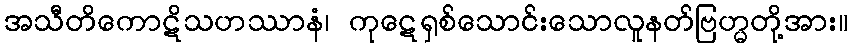
အသီတိကောဋိသဟဿာနံ၊ ကုဋေရှစ်သောင်းသောလူနတ်ဗြဟ္မတို့အား။